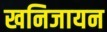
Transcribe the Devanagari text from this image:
खनिजायन